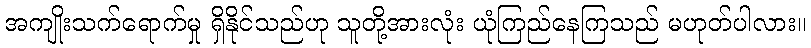
အကျိုးသက်ရောက်မှု ရှိနိုင်သည်ဟု သူတို့အားလုံး ယုံကြည်နေကြသည် မဟုတ်ပါလား။